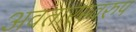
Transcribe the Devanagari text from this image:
अवतारस्वरुप